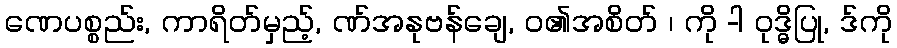
ဏေပစ္စည်း, ကာရိတ်မှည့်, ဏ်အနုဗန်ချေ, ဝ၏အစိတ် ၊ ကို -ါ ဝုဒ္ဓိပြု, ဒ်ကို